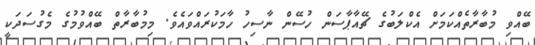
ބޭއްވި މުބާރާތެއްކަމަށް އެކްލަބުގެ ޗޭއާޕާސަން ހުސޭން ނާސިހު ހާމަކުރައްވައެވެ. މިމުބާރާތް ބޭއްވުމުގެ މެގުސަދަކީ